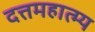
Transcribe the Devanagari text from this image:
दत्तमहात्म्य